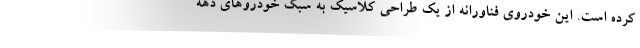
کرده است. این خودروی فناورانه از یک طراحی کلاسیک به سبک خودروهای دهه